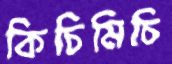
কিচিমিচি